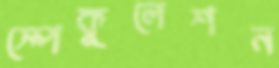
স্পেকুলেশন